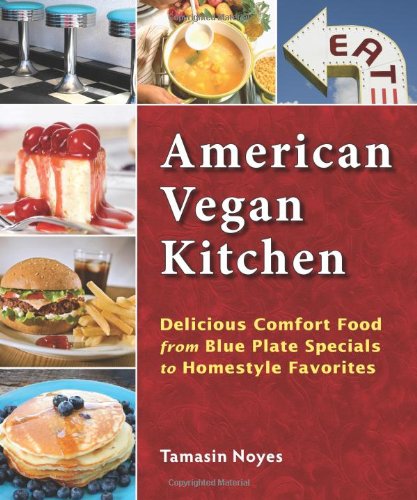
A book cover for American Vegan Kitchen; Tamasin Noyes; Cookbooks, Food & Wine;